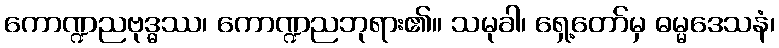
ကောဏ္ဍညဗုဒ္ဓဿ၊ ကောဏ္ဍညဘုရား၏။ သမုခါ၊ ရှေ့တော်မှ ဓမ္မဒေသနံ၊